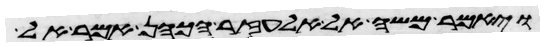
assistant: ויאמר משה אל אלעזר הכהן אמר אל